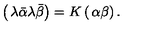
\left( \begin{matrix} { \lambda \bar { \alpha } } \\ { \lambda \bar { \beta } } \\ \end{matrix} \right) = K \left( \begin{matrix} { \alpha } \\ { \beta } \\ \end{matrix} \right) .